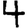
Digit: 4